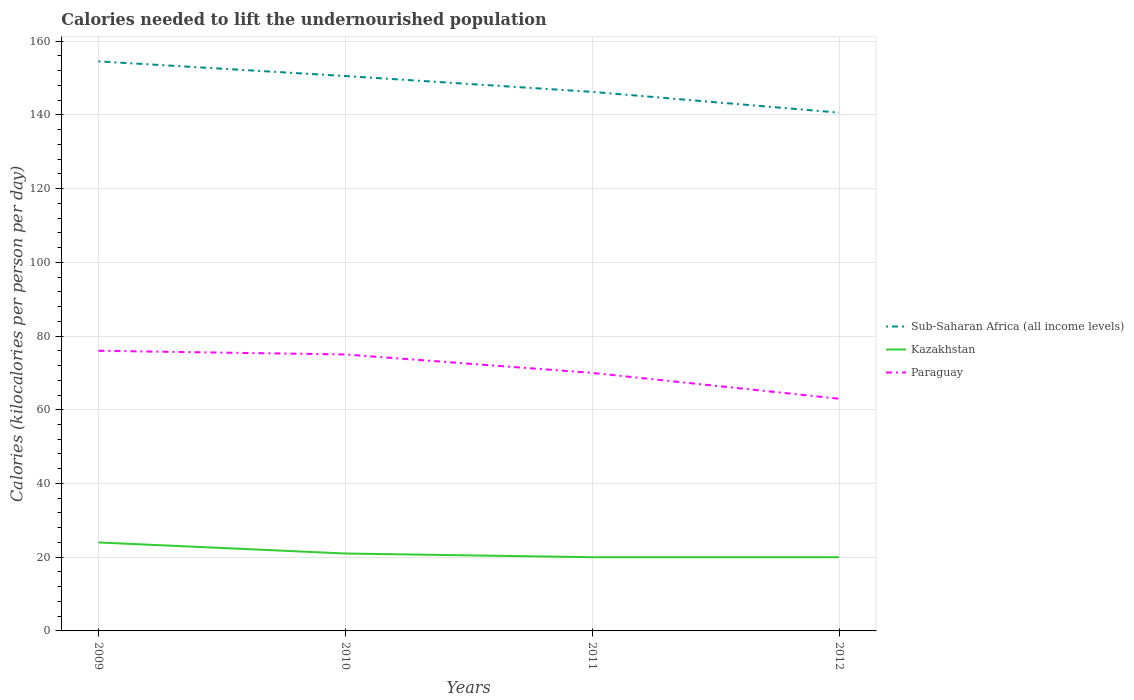
| Years | Sub-Saharan Africa (all income levels) | Kazakhstan | Paraguay |
 | --- | --- | --- | --- |
 | 2009 | 155 | 24 | 76 |
 | 2010 | 151 | 21 | 75 |
 | 2011 | 146 | 20 | 70 |
 | 2012 | 141 | 20 | 63 |